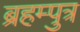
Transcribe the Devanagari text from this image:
ब्रहम्पुत्र